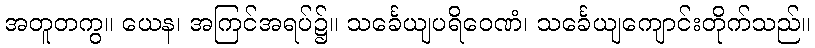
အတူတကွ။ ယေန၊ အကြင်အရပ်၌။ သင်္ခေယျပရိဝေဏံ၊ သင်္ခေယျကျောင်းတိုက်သည်။